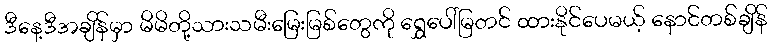
ဒီနေ့ဒီအချိန်မှာ မိမိတို့သားသမီးမြေးမြစ်တွေကို ရွှေပေါ်မြတင် ထားနိုင်ပေမယ့် နောင်တစ်ချိန်